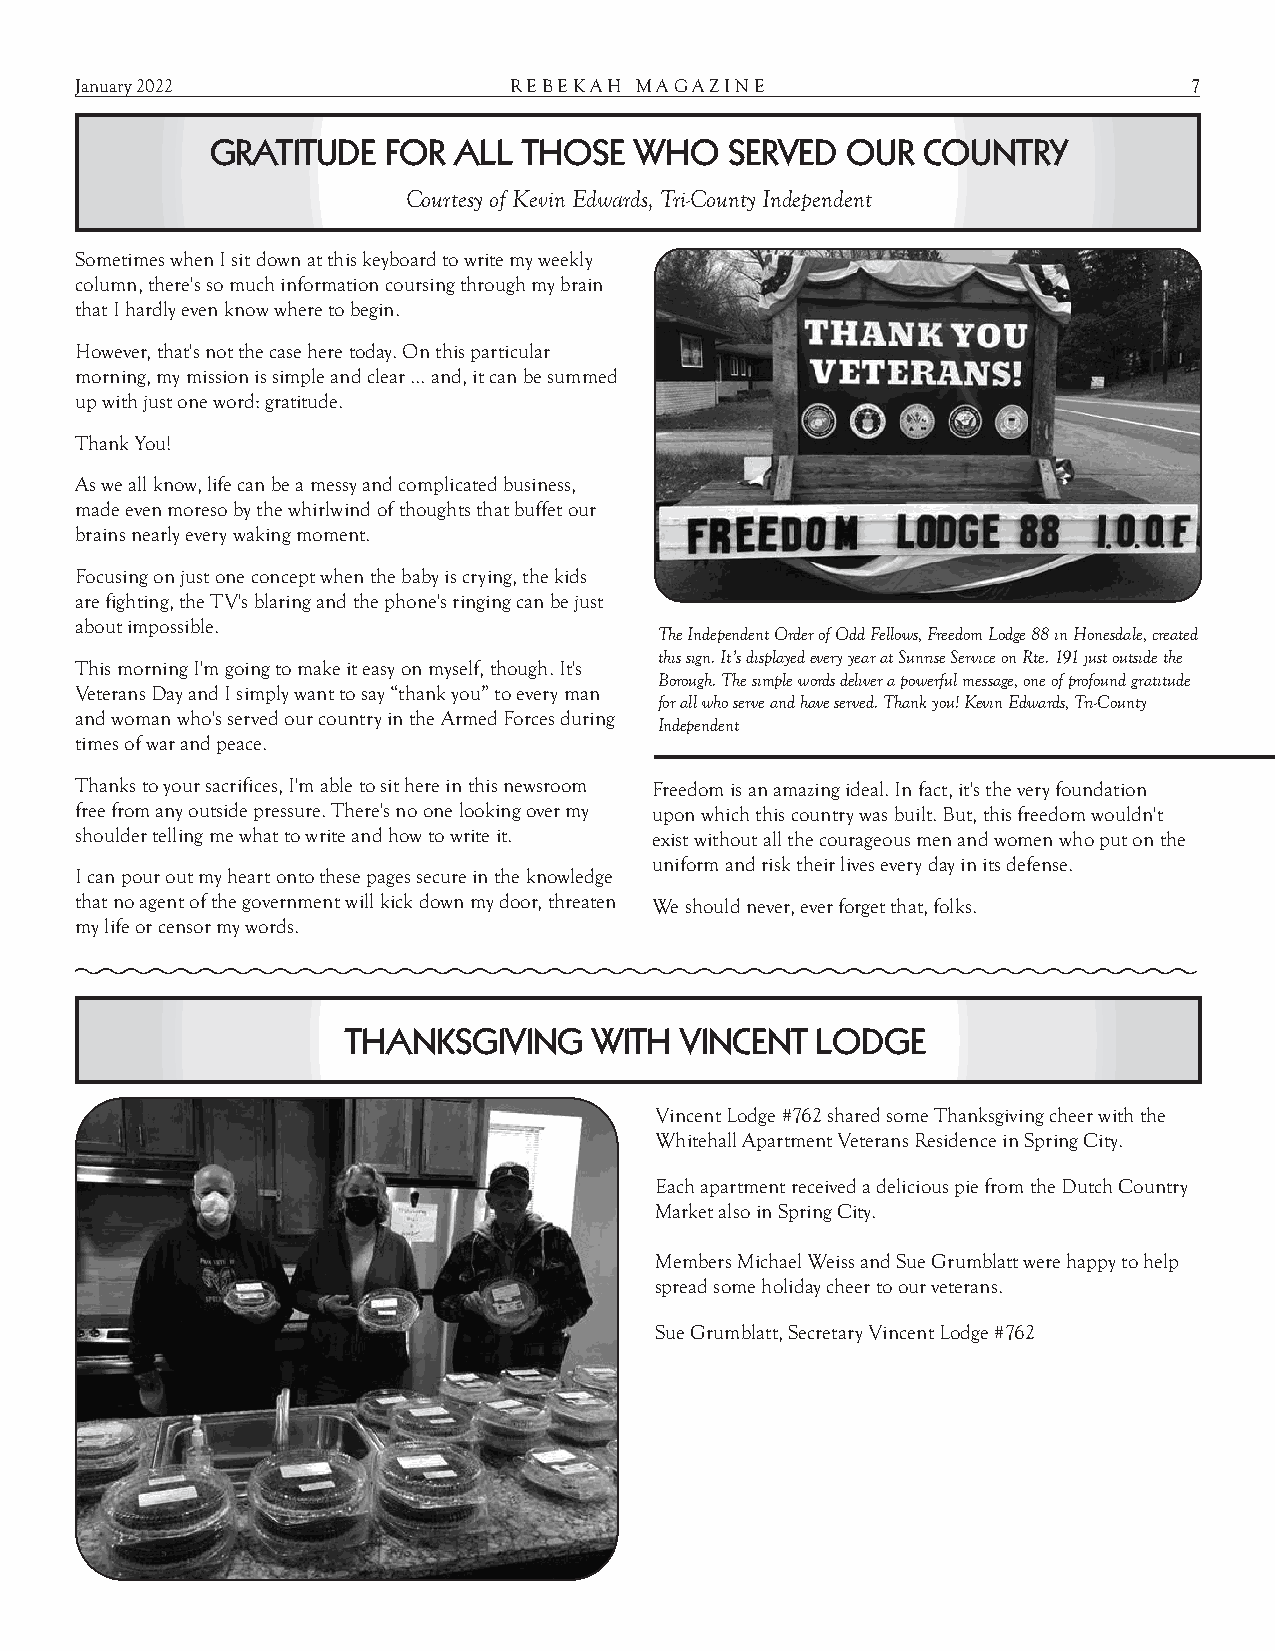
January 2022                 R E B E K A H M A G A Z I N E                7
 GRATITUDE   FOR ALL  THOSE  WHO   SERVED  OUR  COUNTRY
 Courtesy of Kevin Edwards, Tri-County Independent
 Sometimes when I sit down at this keyboard to write my weekly
 column, there's so much information coursing through my brain
 that I hardly even know where to begin.
 However, that's not the case here today. On this particular
 morning, my mission is simple and clear … and, it can be summed
 up with just one word: gratitude.
 Thank You!
 As we all know, life can be a messy and complicated business,
 made even moreso by the whirlwind of thoughts that buffet our
 brains nearly every waking moment.
 Focusing on just one concept when the baby is crying, the kids
 are fighting, the TV's blaring and the phone's ringing can be just
 about impossible.
 The Independent Order of Odd Fellows, Freedom Lodge 88 in Honesdale, created
 this sign. It’s displayed every year at Sunrise Service on Rte. 191 just outside the
 This morning I'm going to make it easy on myself, though. It's
 Borough. The simple words deliver a powerful message, one of profound gratitude
 Veterans Day and I simply want to say “thank you” to every man
 for all who serve and have served. Thank you! Kevin Edwards, Tri-County
 and woman who's served our country in the Armed Forces during
 Independent
 times of war and peace.
 Thanks to your sacrifices, I'm able to sit here in this newsroom Freedom is an amazing ideal. In fact, it's the very foundation
 free from any outside pressure. There's no one looking over my upon which this country was built. But, this freedom wouldn't
 shoulder telling me what to write and how to write it. exist without all the courageous men and women who put on the
 uniform and risk their lives every day in its defense.
 I can pour out my heart onto these pages secure in the knowledge
 that no agent of the government will kick down my door, threaten We should never, ever forget that, folks.
 my life or censor my words.
 THANKSGIVING    WITH  VINCENT  LODGE
 Vincent Lodge #762 shared some Thanksgiving cheer with the
 Whitehall Apartment Veterans Residence in Spring City.
 Each apartment received a delicious pie from the Dutch Country
 Market also in Spring City.
 Members Michael Weiss and Sue Grumblatt were happy to help
 spread some holiday cheer to our veterans.
 Sue Grumblatt, Secretary Vincent Lodge #762